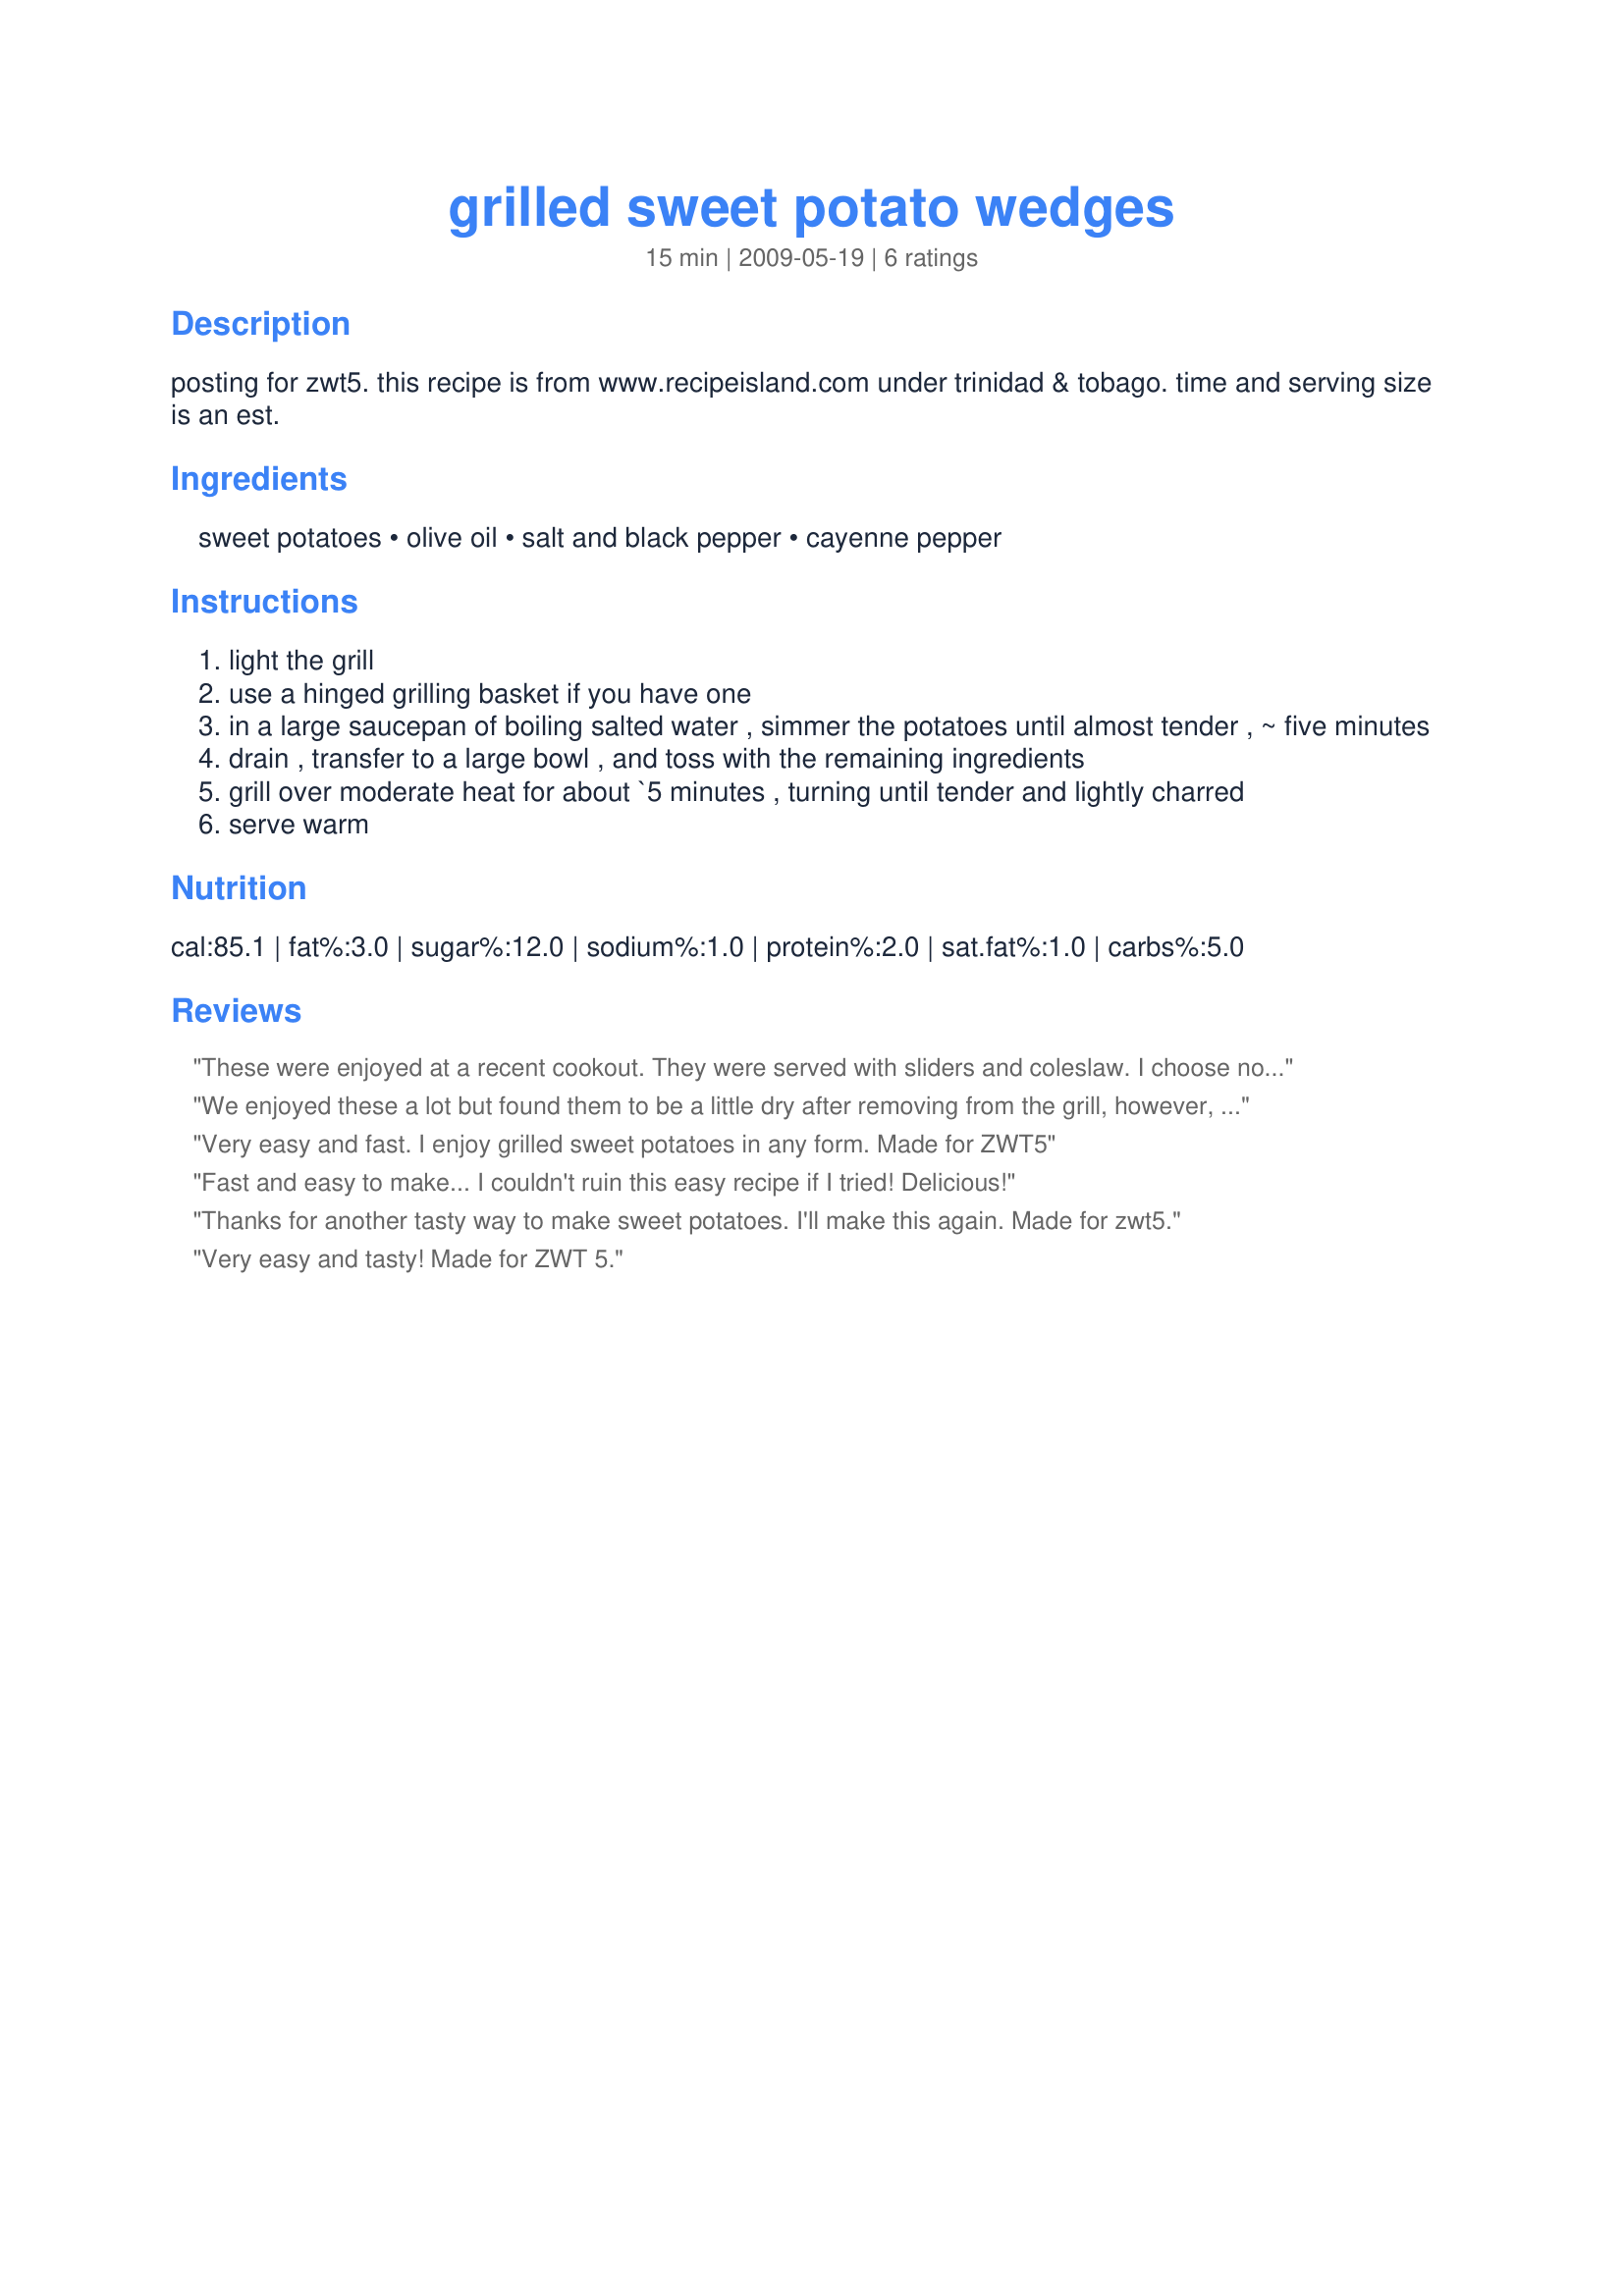
grilled sweet potato wedges
Preparation time: 15 minutes

posting for zwt5. this recipe is from www.recipeisland.com under trinidad & tobago. time and serving size is an est.

Ingredients:
sweet potatoes, olive oil, salt and black pepper, cayenne pepper

Steps:
light the grill
use a hinged grilling basket if you have one
in a large saucepan of boiling salted water , simmer the potatoes until almost tender , ~ five minutes
drain , transfer to a large bowl , and toss with the remaining ingredients
grill over moderate heat for about `5 minutes , turning until tender and lightly charred
serve warm

Reviews:
These were enjoyed at a recent cookout. They were served with sliders and coleslaw. I choose not to precook the potatoes and had no problems with them cooking through on the grill. They were not as crunchy as there oven baked counterparts often are but were nicely seasoned and a nice cooking technique for future use. Made for Bounce the Ball for Summer Fun in the Diabetic Forum.
We enjoyed these a lot but found them to be a little dry after removing from the grill, however, that was quickly remedied with a little drizzle of Olive Oil at serving time. I sliced ours in to rounds and did not par boil them first as I was afraid they would fall apart and not flip once they were on the grill. Also, in this particular instance I omitted the Cayenne which I would normally use but wasn't in the mood for anything spicy so I dusted them with Paprika instead. They made really good "chips" that were healthy and guilt free. Not only will we do these again but I can see adding all kinds of spices to them to suit whatever our mood is. Thanks for sharing a very versatile and simple dish! Made for All Fired Up Grilling Photo Tag.
Very easy and fast. I enjoy grilled sweet potatoes in any form. Made for ZWT5
Fast and easy to make... I couldn't ruin this easy recipe if I tried! Delicious!
Thanks for another tasty way to make sweet potatoes. I'll make this again. Made for zwt5.
Very easy and tasty! Made for ZWT 5.
